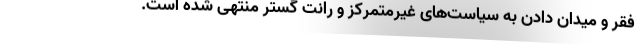
فقر و میدان دادن به سیاست‌های غیرمتمرکز و رانت گستر منتهی شده است.